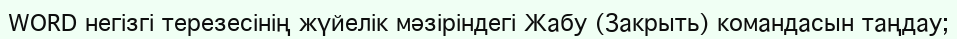
WORD негізгі терезесінің жүйелік мәзіріндегі Жабу (Закрыть) командасын таңдау;